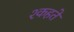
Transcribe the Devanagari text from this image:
श्कहते